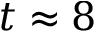
t \approx 8